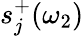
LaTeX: s_{j}^{+}(\omega_{2})